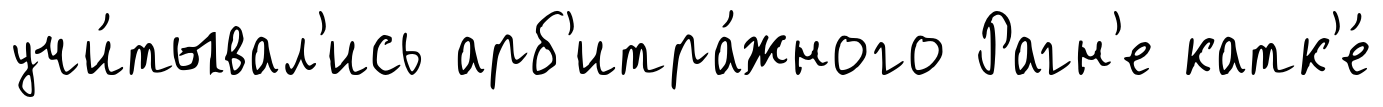
учи́тывал'ись арб'итра́жного Рагн'е катк'е́